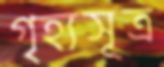
গৃহ্যসূত্র